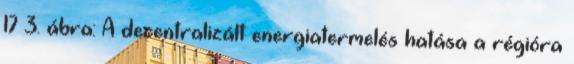
17 3. ábra: A decentralizált energiatermelés hatása a régióra